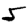
Digit: 5